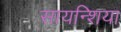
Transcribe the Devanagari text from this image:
सायन्शिया